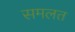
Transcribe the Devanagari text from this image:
समलत